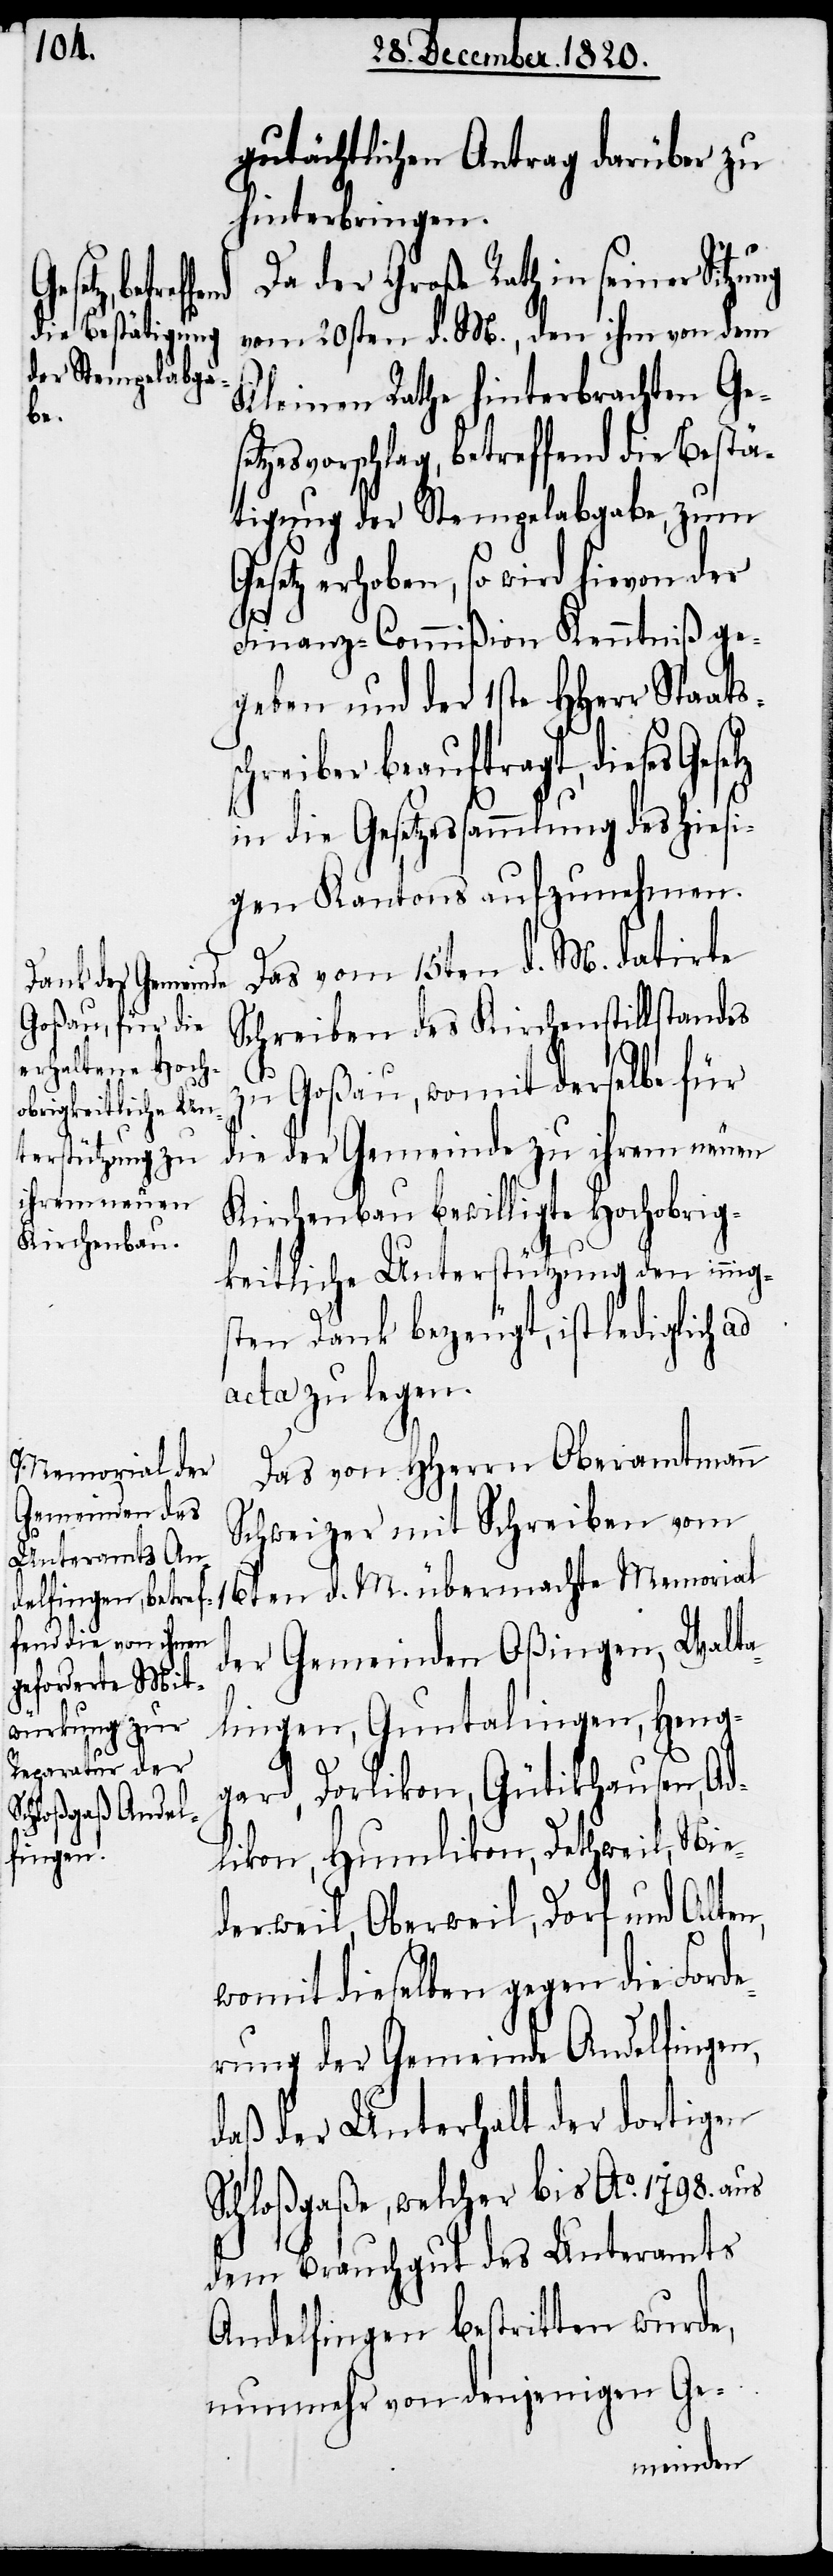
sc¬
gutächtlichen Antrag darüber zu
hinterbringen.
Da der Große Rath in seiner
vom 20sten d. M., den ihm von dem
Kleinen Rathe hinterbrachten Ges¬
etzesvorschlag, betreffend die Bestä¬
tigung der Stempelabgabe, zum
Gesetz erhoben, so wird hievon der
Finanz-Commißion Kenntniß ge¬
geben und der 1ste HHerr Staats¬
hreiber beauftragt, dieses
in die Gesetzessammlung des hiesi¬
gen Kantons aufzunehmen.
Das vom 15ten d. M. datirte
Schreiben des Kirchenstillstandes
zu Goßau, womit derselbe für
die der Gemeinde zu ihrem neuen
Kirchenbau bewilligte Hochobrig¬
keitliche Unterstützung den innig¬
sten Dank bezeugt, ist lediglich ad
acta zu legen.
Das von HHerrn Oberamtmann
Schweizer mit Schreiben vom
der Gemeinden Oßingen, Walta¬
lingen, Guntalingen, Heng¬
gard, Dorlikon, Gütikhausen, Ad¬
likon, Humlikon, Dethweil, Nie¬
derweil, Oberweil, Dorf und Alten,
womit dieselben gegen die Ford¬
erung der Gemeinde Andelfingen,
daß der Unterhalt der dortigen
Schloßgaße, welcher bis Ao. 1798. aus
dem Brauchgut des Unteramts
Andelfingen bestritten wurde,
nunmehr von denjenigen Ge-